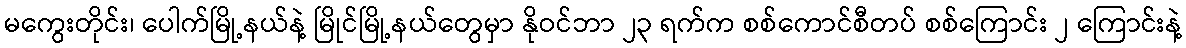
မကွေးတိုင်း၊ ပေါက်မြို့နယ်နဲ့ မြိုင်မြို့နယ်တွေမှာ နိုဝင်ဘာ ၂၃ ရက်က စစ်ကောင်စီတပ် စစ်ကြောင်း ၂ ကြောင်းနဲ့